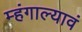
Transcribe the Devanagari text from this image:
म्हंगाल्यावं